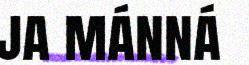
ja mánná